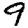
Digit: 9